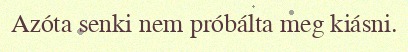
Azóta senki nem próbálta meg kiásni.